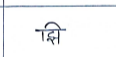
मजकूर: झि